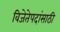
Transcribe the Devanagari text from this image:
विजेतेपदांसाठी